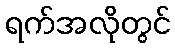
ရက်အလိုတွင်